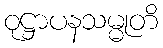
ဝုဋ္ဌာပနသမ္မုတိ